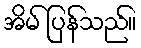
အိမ် ပြန်သည်။